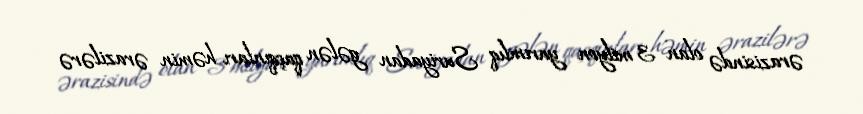
ərazisində olan 3 milyon yarımlıq Suriyadan gələn qaçqınları həmin ərazilərə